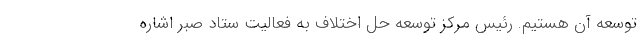
توسعه آن هستیم. رئیس مرکز توسعه حل اختلاف به فعالیت ستاد صبر اشاره